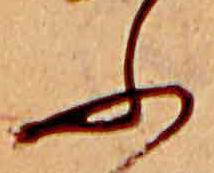
ふ